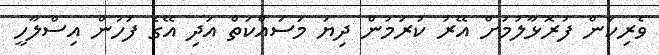
ވެރިކަން ފުރޮޅާލުމަށް އޭރު ކުރަމުން ދިޔަ މަސައްކަތް އަދި އޭގެ ފަހުން އިސްލާހީ